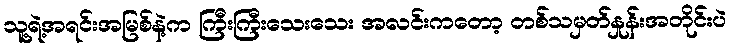
သူ့ရဲ့အရင်းအမြစ်နဲ့က ကြီးကြီးသေးသေး အလင်းကတော့ တစ်သမှတ်နှုန်းအတိုင်းပဲ